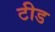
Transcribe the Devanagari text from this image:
टीड